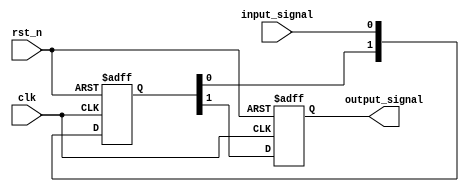
`timescale 1ns/1ns

module pipe
#(
    parameter PIPE_LEN = 2,
    parameter INIT_VAL = 1'b0
)
(
    input wire clk,
    input wire rst_n,
    input wire input_signal,
    output wire output_signal
);

parameter U_DLY = 1;

generate 
    if(PIPE_LEN == -1) begin
        assign output_signal = (input_signal == 1'b0) ? 1'b0 : 1'b1;
    end
    else if(PIPE_LEN == 0) begin
        reg output_signal_reg;

        assign output_signal = output_signal_reg;

        always @(posedge clk or negedge rst_n) 
        begin
            if(rst_n == 1'b0) begin
                output_signal_reg <= #U_DLY INIT_VAL;
            end
            else begin
                output_signal_reg <= #U_DLY input_signal;
            end
        end
    end
    else if(PIPE_LEN == 1) begin
        reg input_pipe;
        reg output_signal_reg;

        assign output_signal = output_signal_reg;

        always @(posedge clk or negedge rst_n) 
        begin
            if(rst_n == 1'b0) begin
                input_pipe <= #U_DLY INIT_VAL;
                output_signal_reg <= #U_DLY INIT_VAL;
            end
            else begin
                input_pipe <= #U_DLY input_signal;
                output_signal_reg <= #U_DLY input_pipe;
            end
        end
    end
    else begin
        reg [PIPE_LEN-1:0] input_pipe;
        reg output_signal_reg;

        assign output_signal = output_signal_reg;

        always @(posedge clk or negedge rst_n) 
        begin
            if(rst_n == 1'b0) begin
                input_pipe <= #U_DLY {PIPE_LEN{INIT_VAL}};
                output_signal_reg <= #U_DLY INIT_VAL;
            end
            else begin
                input_pipe <= #U_DLY {input_pipe[PIPE_LEN-2:0],input_signal};
                output_signal_reg <= #U_DLY input_pipe[PIPE_LEN-1];
            end
        end
    end
endgenerate



endmodule